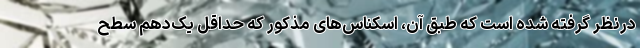
درنظر گرفته شده است که طبق آن، اسکناس‌های مذکور که حداقل یک‌دهم سطح